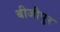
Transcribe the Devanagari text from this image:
बीजीपुर